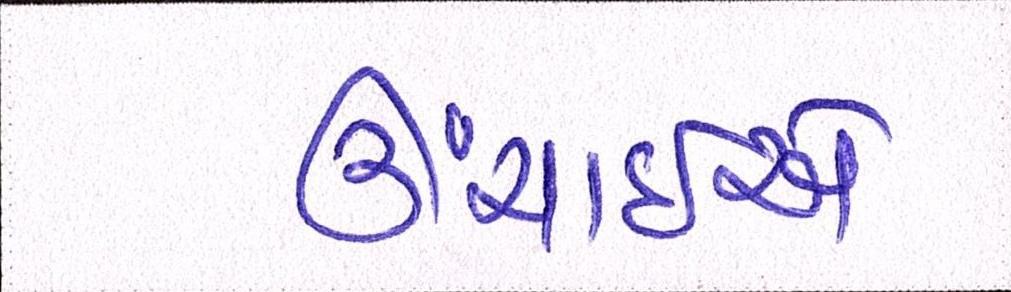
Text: ઉંચાઈએ